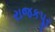
રાજકપૂર